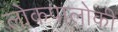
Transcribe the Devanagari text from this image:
लोकपालोकी